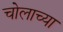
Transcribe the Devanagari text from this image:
चोलाच्या